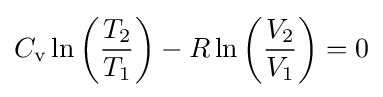
C_{\text{v}}\ln \left({\frac {T_{2}}{T_{1}}}\right)-R\ln \left({\frac {V_{2}}{V_{1}}}\right)=0